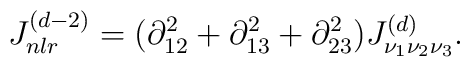
J^{(d-2)}_{n l r}=(\partial^2_{12} +\partial^2_{13} +\partial^2_{23})J^{(d)}_{\nu_1 \nu_2 \nu_3}.